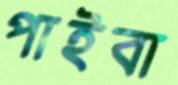
পাইবা